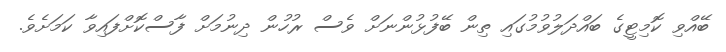
ބޭއްވި ކޮމިޓީގެ ބައްދަލުވުމުގައި ތިން ބޭފުޅުންނަށް ވެސް ރުހުން ދިނުމަށް ފާސްކޮށްފައިވާ ކަމަށެވެ.